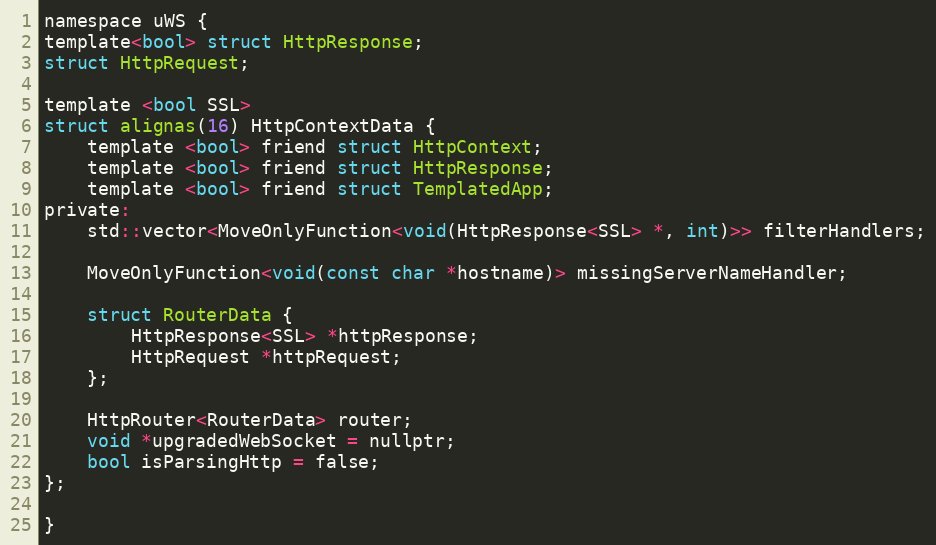
Language: C
namespace uWS {
template<bool> struct HttpResponse;
struct HttpRequest;

template <bool SSL>
struct alignas(16) HttpContextData {
    template <bool> friend struct HttpContext;
    template <bool> friend struct HttpResponse;
    template <bool> friend struct TemplatedApp;
private:
    std::vector<MoveOnlyFunction<void(HttpResponse<SSL> *, int)>> filterHandlers;

    MoveOnlyFunction<void(const char *hostname)> missingServerNameHandler;

    struct RouterData {
        HttpResponse<SSL> *httpResponse;
        HttpRequest *httpRequest;
    };

    HttpRouter<RouterData> router;
    void *upgradedWebSocket = nullptr;
    bool isParsingHttp = false;
};

}